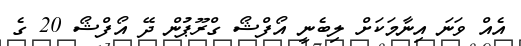
އެއް ވަނަ އިނާމަކަށް ލިބެނީ އޯފްޝޯ ގްރޫޕުން ދޭ އޯފްޝޯ 20 ގެ